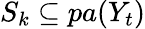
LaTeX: S_{k}\subseteq pa(Y_{t})